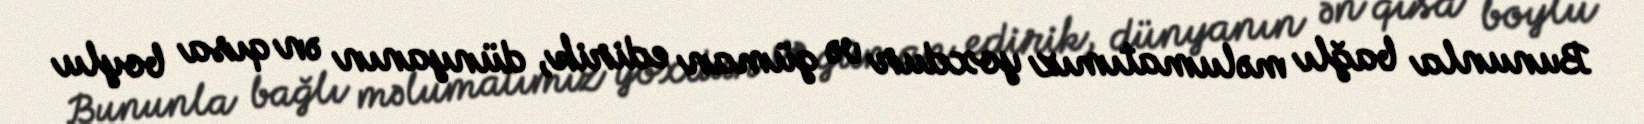
Bununla bağlı məlumatımız yoxdur və güman edirik, dünyanın ən qısa boylu